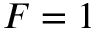
F = 1